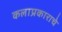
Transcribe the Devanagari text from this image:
कलाप्रकाराचे